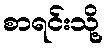
စာရင်းသို့